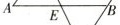
A E B